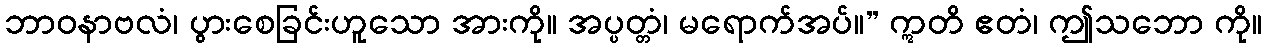
ဘာဝနာဗလံ၊ ပွားစေခြင်းဟူသော အားကို။ အပ္ပတ္တံ၊ မရောက်အပ်။” ဣတိ ဧတံ၊ ဤသဘော ကို။